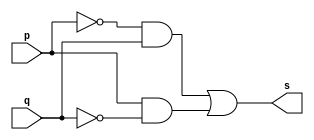
// ------------------------- 
// Exercicio0006 - NOR
// Nome: Marcio Santana Correa 
// ------------------------- 
// ------------------------- 
// -- xor gate 
// ------------------------- 
module xorgate ( output s, input p, q ); 
assign s = (~p & q) | (p & ~q) ; 
endmodule // xorgate 
// --------------------- 
// -- test xor gate 
// --------------------- 
module testxorgate; 
// ------------------------- dados locais 
reg a;
reg b; // definir registradores 
wire s; // definir conexao (fio) 
// ------------------------- instancia 
xorgate XOR1 (s, a, b); 
// ------------------------- preparacao 
initial begin:start 
// atribuicao simultanea 
// dos valores iniciais 
a=0; b=0; 
end 
// ------------------------- parte principal 
initial begin 
$display("Exercicio0006 - Marcio Santana Correa 345368"); 
$display("Test XOR gate de Morgan"); 
$display("\na ^ b = s\n"); 
a=0; b=0; 
$monitor("%b ^ %b = %b", a, b, s); 
#1 a=0; b=1;  
#1 a=1; b=0; 
#1 a=1; b=1; 
end 
endmodule // testxorgate